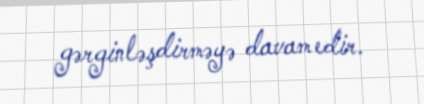
gərginləşdirməyə davam edir.